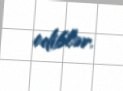
ediblər.